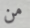
من